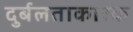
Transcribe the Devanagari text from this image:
दुर्बलताकारक